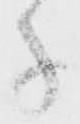
子